V__Kingissepa_nim__kolhoos, lk 9
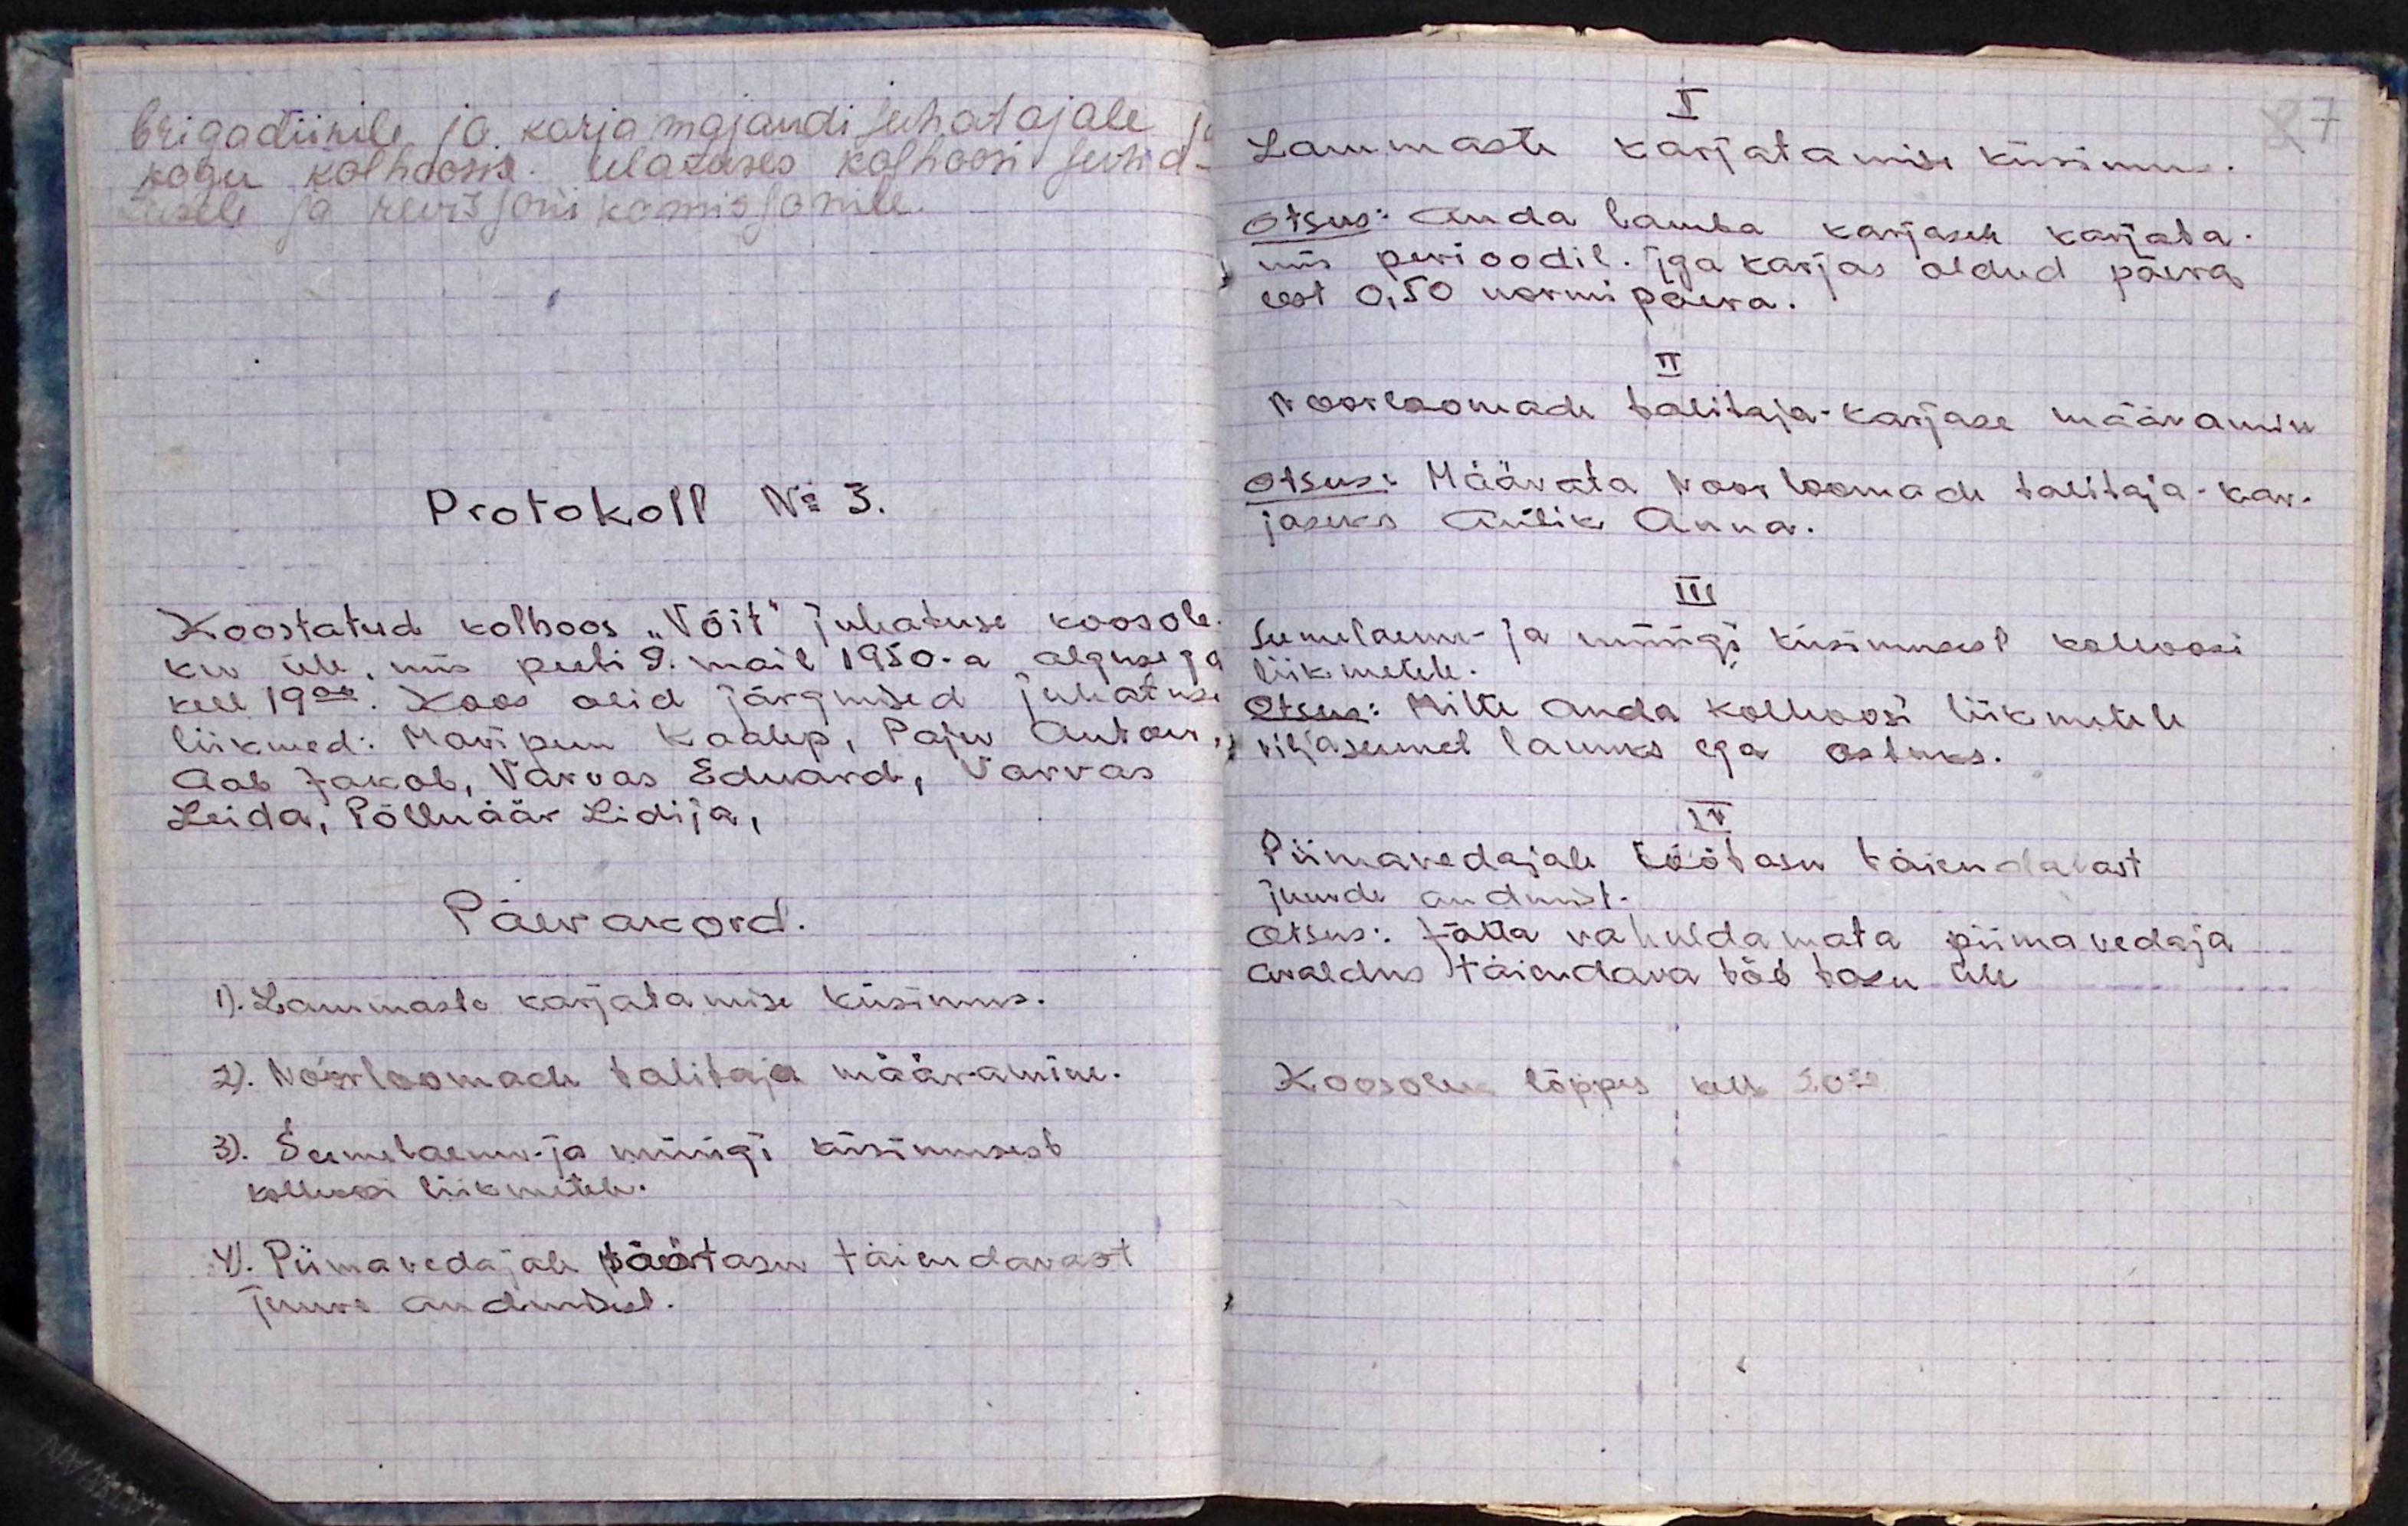
brigadiirile ja karjamajandi juhatajale
kogu kolhoosis ulatuses kolhoosi juha-
tusele ja revisjoni komisjonile
Protokoll No 3.
Koostatud kolhoos "Võit" juhatuse koosole
ku üle, mis peeti 2. mail 1950.a alguseg
kell 19.00. Koos olid järgmised juhatu
liikmed: Maripuu Kaalep, Paju Anton,
Aab Jakob, Varvas Eduard, Varvas
Leida, Põlluäär Lidija,
Päevakord.
1). Lammaste karjatamise küsimus.
2). Noorloomade talitaja määramine.
3). Seemelaenu- ja müügi küsimusest
kolhoosi liikmetele.
4). Piimavedajale töötasu täiendavast
juure andmisest.

I
Lammaste karjatamise küsimus.
Otsus: anda lamba karjasele karjata-
mis perioodil. Iga karjas oldud päeva
eest 0,50 normipäeva.
II
Noorloomade talitaja-karjase määramine
Otsus: Määrata Noorloomade talitaja-kar-
jaseks Artik Anna.
III
Seemelaenu- ja müügi küsimusest kolhoosi
liikmetele.
Otsus: Mitte anda kolhoosi liikmetele
viljaseemet laenuks ega ostuks.
IV
Piimavedajale töötasu täiendavast
juurde andmist.
Otsus: Jätta rahuldamata piimavedaja
avaldus täiendava töö tasu üle
Koosolek lõppes kell 20.00